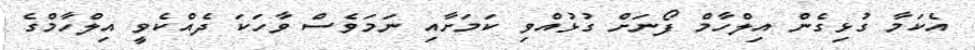
އެކަމާ ގުޅިގެން އިލްހާމް ފޯނަށް ގުޅުއްވި ކަމަށާއި ނަމަވެސް ވާހަކަ ދެއްކެވީ އިލްހާމްގެ